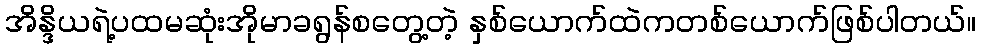
အိန္ဒိယရဲ့ပထမဆုံးအိုမာခရွန်စတွေ့တဲ့ နှစ်ယောက်ထဲကတစ်ယောက်ဖြစ်ပါတယ်။